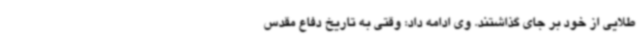
طلایی از خود بر جای گذاشتند. وی ادامه داد: وقتی به تاریخ دفاع مقدس